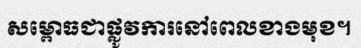
សម្ពោធជាផ្លូវការនៅពេលខាងមុខ។